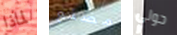
لماذا مصنع حولي